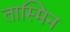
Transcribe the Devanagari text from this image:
तास्मिन